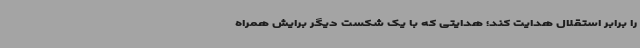
را برابر استقلال هدایت کند؛ هدایتی که با یک شکست دیگر برایش همراه